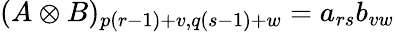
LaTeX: (A\otimes B)_{p(r-1)+v,q(s-1)+w}=a_{rs}b_{vw}